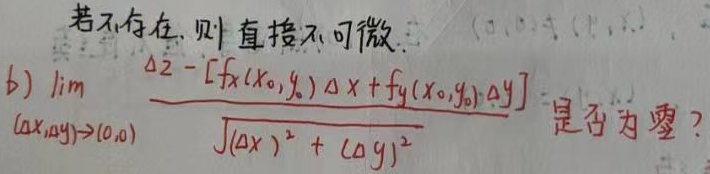
若不存在，则直接不可微.
b) $\lim_{(\Delta x,\Delta y)\to(0,0)}\frac{\Delta z - [f_x(x_0,y_0)\Delta x + f_y(x_0,y_0)\Delta y]}{\sqrt{(\Delta x)^2 + (\Delta y)^2}}$ 是否为零?